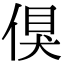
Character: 𠋬